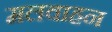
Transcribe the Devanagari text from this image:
मलवाहन